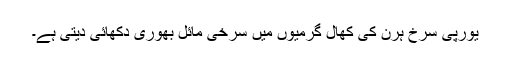
یورپی سرخ ہرن کی کھال گرمیوں میں سرخی مائل بھوری دکھائی دیتی ہے۔